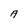
Character: A